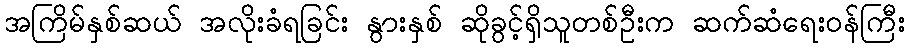
အကြိမ်နှစ်ဆယ် အလိုးခံရခြင်း နွားနှစ် ဆိုခွင့်ရှိသူတစ်ဦးက ဆက်ဆံရေးဝန်ကြီး